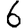
Digit: 6